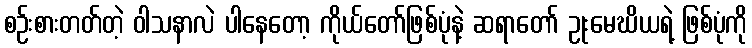
စဉ်းစားတတ်တဲ့ ဝါသနာလဲ ပါနေတော့ ကိုယ်တော်ဖြစ်ပုံနဲ့ ဆရာတော် ဥုးမေဃိယရဲ့ ဖြစ်ပုံကို